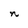
Character: n